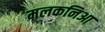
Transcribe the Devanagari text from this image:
मलकनिआ